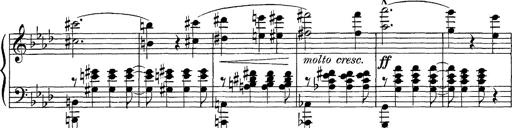
Title: FÃ¼nf KlavierstÃ¼cke
Composer: Franz Liszt